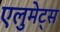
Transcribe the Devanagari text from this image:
एलुमेट्स